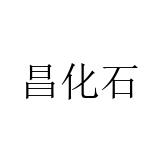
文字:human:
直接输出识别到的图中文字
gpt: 昌化石